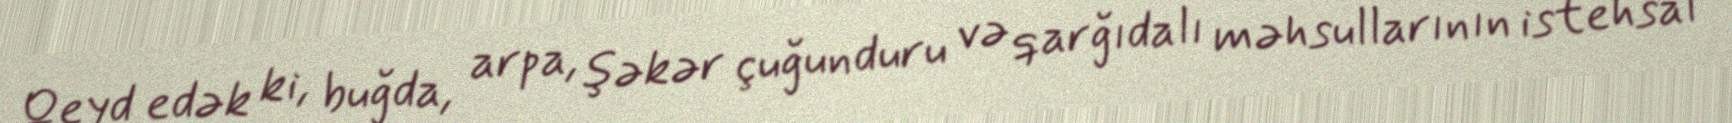
Qeyd edək ki, buğda, arpa, şəkər çuğunduru və qarğıdalı məhsullarının istehsal